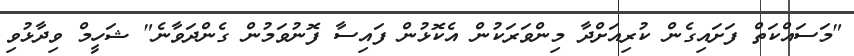
"މަސައްކަތް ފަށައިގެން ކުރިއަށްދާ މިންވަރަކުން އެކޮޅުން ފައިސާ ފޮނުވަމުން ގެންދަވާނެ" ޝަހީމް ވިދާޅުވި